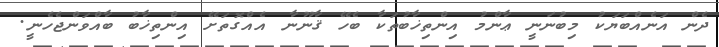
ދެން އަނެއްބަޔަކު މިބުނަނީ ޢާންމު އިންތިޚާބުތަކާ ބެހޭ ޤާނޫނާ އެއްގޮތަށޭ އިންތިޚާބު ބާއްވަންޖެހެނީ.